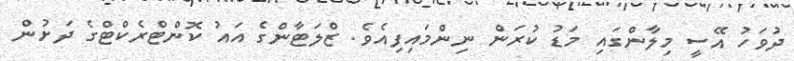
ދުވަހު އޭސީ މިލާންގައި މަޑު ކުރަން ނިންމައިފިއެވެ. ޒްލަޓާންގެ އައު ކޮންޓްރެކްޓްގެ ދަށުން